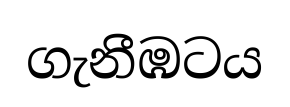
ගැනීඹටය